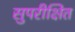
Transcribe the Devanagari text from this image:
सुपरीक्षित